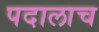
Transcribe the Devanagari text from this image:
पदालाच